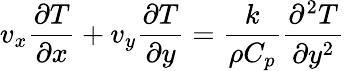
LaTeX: v_{x}{\frac{\partial T}{\partial x}}+v_{y}{\frac{\partial T}{\partial y}}={\frac{k}{\rho C_{p}}}{\frac{\partial^{2}T}{\partial y^{2}}}